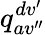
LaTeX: q_{av^{\prime\prime}}^{dv^{\prime}}